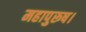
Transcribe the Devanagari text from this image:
महापुरूष।